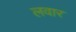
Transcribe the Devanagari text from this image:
लवार